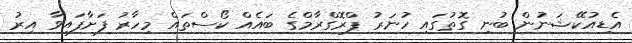
އެޑިއުކޭޝަނުން ބުނި ގޮތުގައި ހުނަރު ޕްރޮގްރާމްގެ ބައެއް ކޯސްތައް މިހާރު ފަށާފައިވާ އިރު